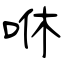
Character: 咻